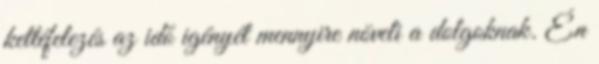
kettéfelezés az idő igényét mennyire növeli a dolgoknak. Én